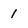
Character: 1